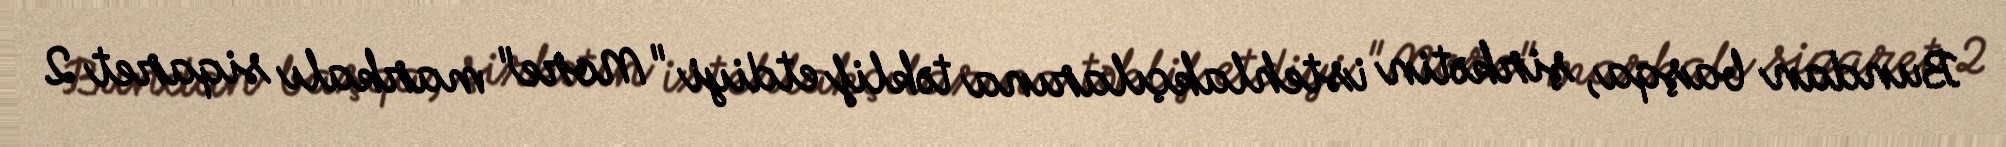
Bundan başqa, şirkətin istehlakçılarına təklif etdiyi "More" markalı siqaret 2